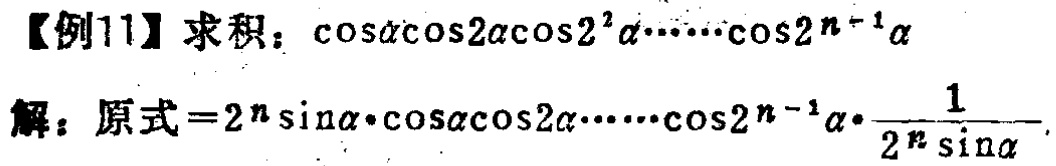
【例11】求积：\(\cos\alpha\cos2\alpha\cos2^{2}\alpha\cdots\cos2^{n - 1}\alpha\)

解：原式\(=2^{n}\sin\alpha\cdot\cos\alpha\cos2\alpha\cdots\cos2^{n - 1}\alpha\cdot\frac{1}{2^{n}\sin\alpha}\)